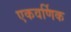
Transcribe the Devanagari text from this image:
एकवर्णिक